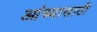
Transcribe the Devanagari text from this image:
आंब्यासाठी